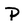
Character: P